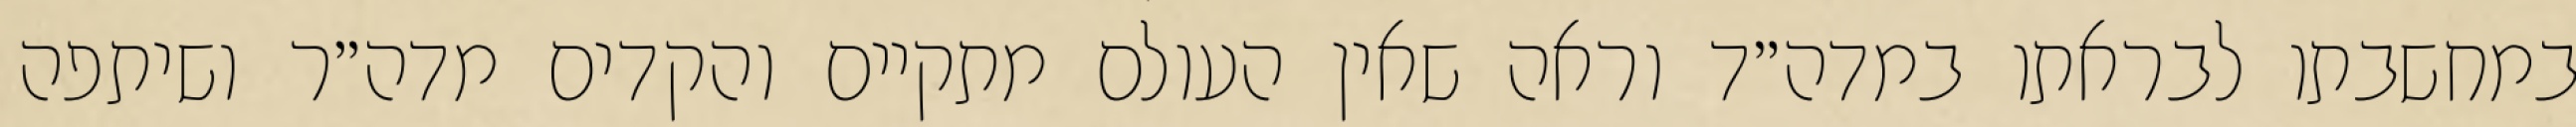
במחשבתו לבראתו במדה״ד וראה שאין העולם מתקיים והקדים מדה״ר ושיתפה